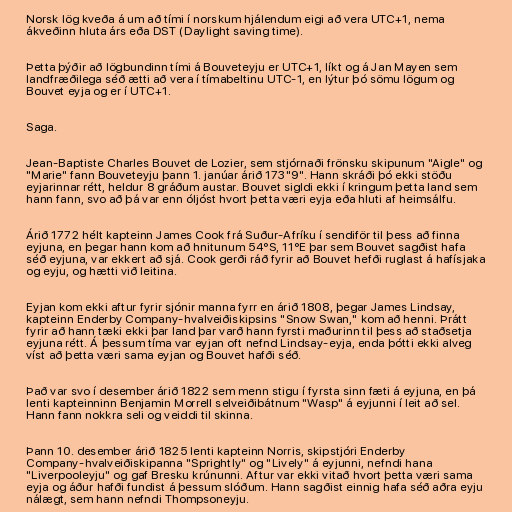
Norsk lög kveða á um að tími í norskum hjálendum eigi að vera UTC+1, nema
ákveðinn hluta árs eða DST (Daylight saving time).

Þetta þýðir að lögbundinn tími á Bouveteyju er UTC+1, líkt og á Jan Mayen sem
landfræðilega séð ætti að vera í tímabeltinu UTC-1, en lýtur þó sömu lögum og
Bouvet eyja og er í UTC+1.

Saga.

Jean-Baptiste Charles Bouvet de Lozier, sem stjórnaði frönsku skipunum "Aigle" og
"Marie" fann Bouveteyju þann 1. janúar árið 173"9". Hann skráði þó ekki stöðu
eyjarinnar rétt, heldur 8 gráðum austar. Bouvet sigldi ekki í kringum þetta land sem
hann fann, svo að þá var enn óljóst hvort þetta væri eyja eða hluti af heimsálfu.

Árið 1772 hélt kapteinn James Cook frá Suður-Afríku í sendiför til þess að finna
eyjuna, en þegar hann kom að hnitunum 54°S, 11°E þar sem Bouvet sagðist hafa
séð eyjuna, var ekkert að sjá. Cook gerði ráð fyrir að Bouvet hefði ruglast á hafísjaka
og eyju, og hætti við leitina.

Eyjan kom ekki aftur fyrir sjónir manna fyrr en árið 1808, þegar James Lindsay,
kapteinn Enderby Company-hvalveiðiskipsins "Snow Swan," kom að henni. Þrátt
fyrir að hann tæki ekki þar land þar varð hann fyrsti maðurinn til þess að staðsetja
eyjuna rétt. Á þessum tíma var eyjan oft nefnd Lindsay-eyja, enda þótti ekki alveg
víst að þetta væri sama eyjan og Bouvet hafði séð.

Það var svo í desember árið 1822 sem menn stigu í fyrsta sinn fæti á eyjuna, en þá
lenti kapteinninn Benjamin Morrell selveiðibátnum "Wasp" á eyjunni í leit að sel.
Hann fann nokkra seli og veiddi til skinna.

Þann 10. desember árið 1825 lenti kapteinn Norris, skipstjóri Enderby
Company-hvalveiðiskipanna "Sprightly" og "Lively" á eyjunni, nefndi hana
"Liverpooleyju" og gaf Bresku krúnunni. Aftur var ekki vitað hvort þetta væri sama
eyja og áður hafði fundist á þessum slóðum. Hann sagðist einnig hafa séð aðra eyju
nálægt, sem hann nefndi Thompsoneyju.